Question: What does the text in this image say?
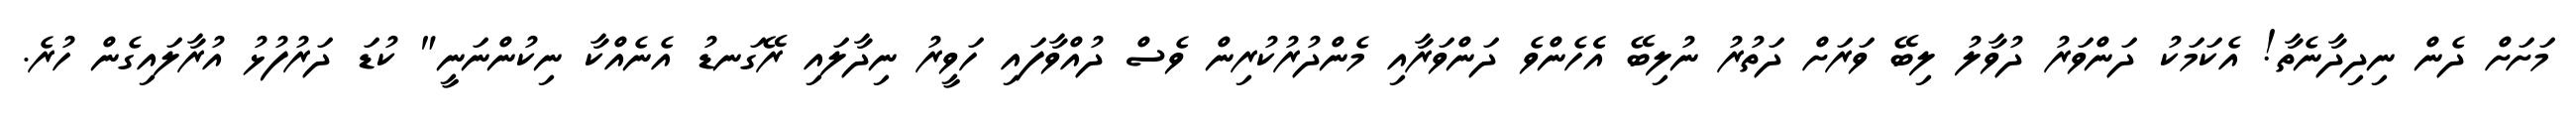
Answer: މަށަށް ދެން ނިދިދާނެތާ! އެކަމަކު ދަންވަރު ދުވާލު ލިބޭ ވަރަށް ދަތުރު ނުލިބޭ އެެހެންވެ ދަންވަރާއި މެންދުރުކުރިން ވެސް ދުއްވާފައި ހަވީރު ނިދާލައި ރޭގަނޑު އެނެއްކާ ނިކުންނަނީ" ކުޑަ ދަރުފުޅު އުރާލައިގެން ހުރެ.